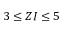
3 \le Z I \le 5